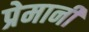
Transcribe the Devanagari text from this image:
प्रेमानी